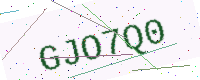
Text: GJO7Q0